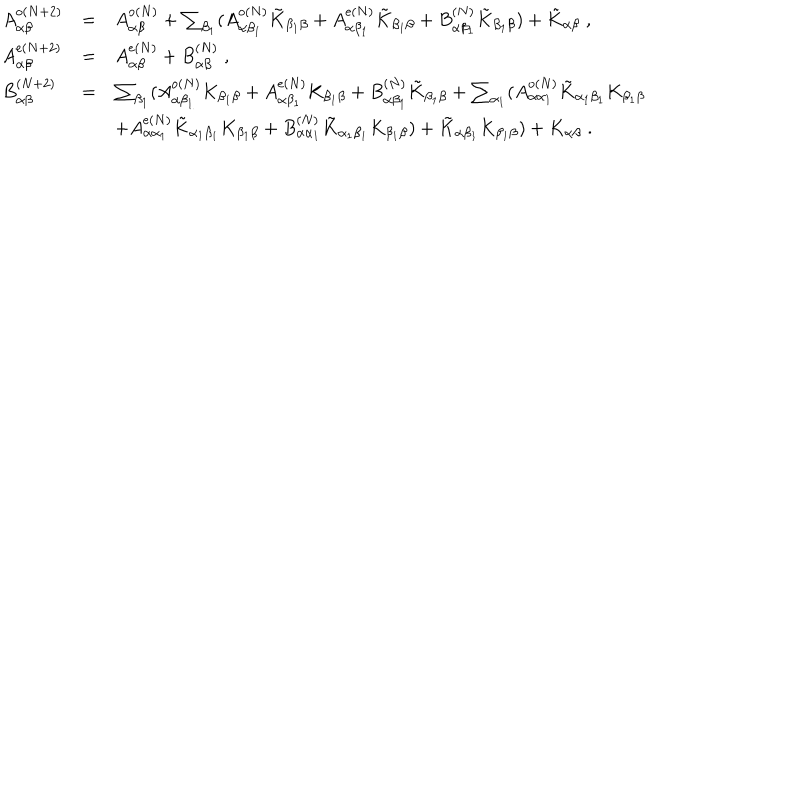
\begin{array} { l l l } { { A _ { \alpha \beta } ^ { \mathrm { o } ( N + 2 ) } } } & { { = } } & { { A _ { \alpha \beta } ^ { \mathrm { o } ( N ) } + \sum _ { \beta _ { 1 } } ( A _ { \alpha \beta _ { 1 } } ^ { \mathrm { o } ( N ) } \tilde { K } _ { \beta _ { 1 } \beta } + A _ { \alpha \beta _ { 1 } } ^ { \mathrm { e } ( N ) } \tilde { K } _ { \beta _ { 1 } \beta } + B _ { \alpha \beta _ { 1 } } ^ { ( N ) } \tilde { K } _ { \beta _ { 1 } \beta } ) + \tilde { K } _ { \alpha \beta } \; , } } \\ { { A _ { \alpha \beta } ^ { \mathrm { e } ( N + 2 ) } } } & { { = } } & { { A _ { \alpha \beta } ^ { \mathrm { e } ( N ) } + B _ { \alpha \beta } ^ { ( N ) } \; , } } \\ { { B _ { \alpha \beta } ^ { ( N + 2 ) } } } & { { = } } & { { \sum _ { \beta _ { 1 } } ( A _ { \alpha \beta _ { 1 } } ^ { \mathrm { o } ( N ) } K _ { \beta _ { 1 } \beta } + A _ { \alpha \beta _ { 1 } } ^ { \mathrm { e } ( N ) } K _ { \beta _ { 1 } \beta } + B _ { \alpha \beta _ { 1 } } ^ { ( N ) } \tilde { K } _ { \beta _ { 1 } \beta } + \sum _ { \alpha _ { 1 } } ( A _ { \alpha \alpha _ { 1 } } ^ { \mathrm { o } ( N ) } \tilde { K } _ { \alpha _ { 1 } \beta _ { 1 } } K _ { \beta _ { 1 } \beta } } } \\ { { } } & { { } } & { { \mathrm { } + A _ { \alpha \alpha _ { 1 } } ^ { \mathrm { e } ( N ) } \tilde { K } _ { \alpha _ { 1 } \beta _ { 1 } } K _ { \beta _ { 1 } \beta } + B _ { \alpha \alpha _ { 1 } } ^ { ( N ) } \tilde { K } _ { \alpha _ { 1 } \beta _ { 1 } } K _ { \beta _ { 1 } \beta } ) + \tilde { K } _ { \alpha \beta _ { 1 } } K _ { \beta _ { 1 } \beta } ) + K _ { \alpha \beta } \; . } } \\ \end{array}